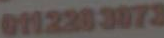
01123203073